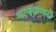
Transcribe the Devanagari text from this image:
कायद्यासाठी